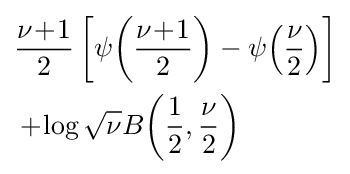
{\begin{aligned}&{\frac {\nu \!+\!1}{2}}\left[\psi {\left({\frac {\nu \!+\!1}{2}}\right)}-\psi {\left({\frac {\nu }{2}}\right)}\right]\\&+\!\log {\sqrt {\nu }}B{\left({\frac {1}{2}},{\frac {\nu }{2}}\right)}\end{aligned}}